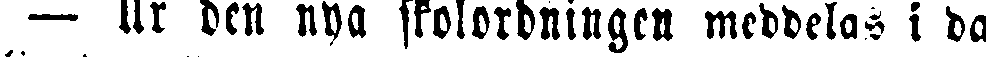
— Ur den nya skolordningen meddelas i da